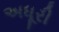
અધૂરી